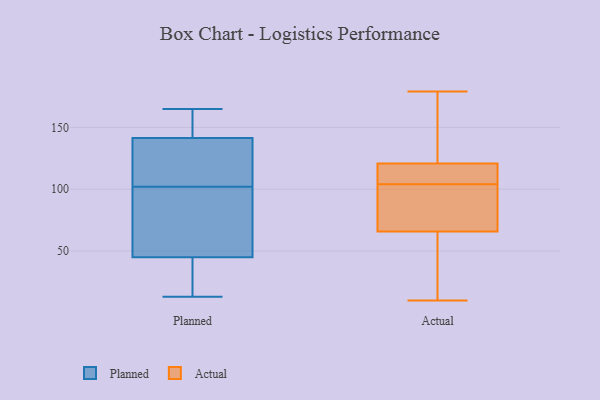
{"axis": {"x": "Backlog", "y": "Value"}, "legend": ["Actual", "Planned"], "data": [{"x": "", "y": 130, "type": "Planned"}, {"x": "", "y": 146, "type": "Planned"}, {"x": "", "y": 78, "type": "Planned"}, {"x": "", "y": 102, "type": "Planned"}, {"x": "", "y": 47, "type": "Planned"}, {"x": "", "y": 140, "type": "Planned"}, {"x": "", "y": 39, "type": "Planned"}, {"x": "", "y": 38, "type": "Planned"}, {"x": "", "y": 165, "type": "Planned"}, {"x": "", "y": 13, "type": "Planned"}, {"x": "", "y": 151, "type": "Planned"}, {"x": "", "y": 89, "type": "Planned"}, {"x": "", "y": 139, "type": "Planned"}, {"x": "", "y": 31, "type": "Actual"}, {"x": "", "y": 20, "type": "Actual"}, {"x": "", "y": 99, "type": "Actual"}, {"x": "", "y": 106, "type": "Actual"}, {"x": "", "y": 178, "type": "Actual"}, {"x": "", "y": 10, "type": "Actual"}, {"x": "", "y": 107, "type": "Actual"}, {"x": "", "y": 71, "type": "Actual"}, {"x": "", "y": 138, "type": "Actual"}, {"x": "", "y": 74, "type": "Actual"}, {"x": "", "y": 119, "type": "Actual"}, {"x": "", "y": 86, "type": "Actual"}, {"x": "", "y": 104, "type": "Actual"}, {"x": "", "y": 50, "type": "Actual"}, {"x": "", "y": 119, "type": "Actual"}, {"x": "", "y": 179, "type": "Actual"}, {"x": "", "y": 126, "type": "Actual"}]}